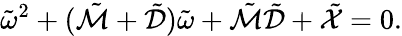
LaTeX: \tilde{\omega}^{2}+(\tilde{\mathcal{M}}+\tilde{\mathcal{D}})\tilde{\omega}+\tilde{\mathcal{M}}\tilde{\mathcal{D}}+\tilde{\mathcal{X}}=0.